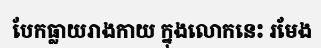
បែកធ្លាយរាងកាយ ក្នុងលោកនេះ រមែង